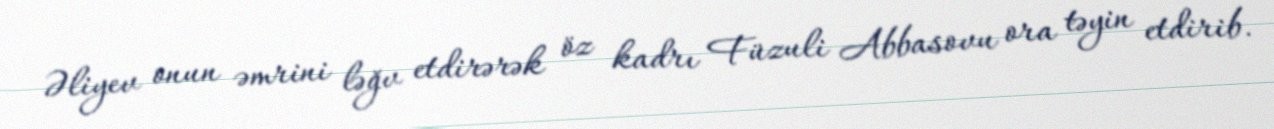
Əliyev onun əmrini ləğv etdirərək öz kadrı Füzuli Abbasovu ora təyin etdirib.